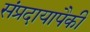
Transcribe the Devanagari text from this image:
संप्रदायापैकी